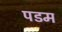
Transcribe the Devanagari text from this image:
पडम